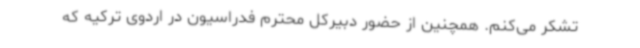
تشکر می‌کنم. همچنین از حضور دبیرکل محترم فدراسیون در اردوی ترکیه که